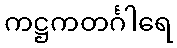
ကဋ္ဌကတင်္ဂါရေ